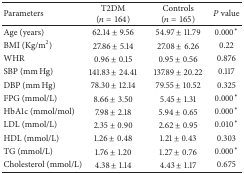
<table><thead><tr><td><b>Parameters</b></td><td><b>T2DM (<i>n</i> = 164)</b></td><td><b>Controls (<i>n</i> = 165)</b></td><td><b><i>P</i> value</b></td></tr></thead><tbody><tr><td> Age (years)</td><td>62.14 ± 9.56</td><td>54.97 ± 11.79</td><td>0.000<sup>*</sup></td></tr><tr><td> BMI (Kg/m2)</td><td>27.86 ± 5.14</td><td>27.08 ± 6.26</td><td>0.22</td></tr><tr><td>WHR</td><td>0.96 ± 0.15</td><td>0.95 ± 0.56</td><td>0.876</td></tr><tr><td> SBP (mm Hg)</td><td>141.83 ± 24.41</td><td>137.89 ± 20.22</td><td>0.117</td></tr><tr><td> DBP (mm Hg)</td><td>78.30 ± 12.14</td><td>79.55 ± 10.52</td><td>0.325</td></tr><tr><td> FPG (mmol/L)</td><td>8.66 ± 3.50</td><td>5.45 ± 1.31</td><td>0.000<sup>*</sup></td></tr><tr><td> HbA1c (mmol/mol)</td><td>7.98 ± 2.18</td><td>5.94 ± 0.65</td><td>0.000<sup>*</sup></td></tr><tr><td> LDL (mmol/L)</td><td>2.35 ± 0.90</td><td>2.62 ± 0.95</td><td>0.010<sup>*</sup></td></tr><tr><td> HDL (mmol/L)</td><td>1.26 ± 0.48</td><td>1.21 ± 0.43</td><td>0.303</td></tr><tr><td> TG (mmol/L)</td><td>1.76 ± 1.20</td><td>1.27 ± 0.76</td><td>0.000<sup>*</sup></td></tr><tr><td> Cholesterol (mmol/L)</td><td>4.38 ± 1.14</td><td>4.43 ± 1.17</td><td>0.675</td></tr></tbody></table>